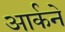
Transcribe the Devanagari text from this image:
आर्कने